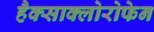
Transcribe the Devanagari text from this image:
हैक्साक्लोरोफेन